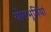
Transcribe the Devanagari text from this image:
योगभूमियां